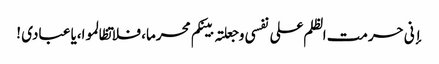
إنی حرمت الظلم علی نفسی وجعلتہ بینکم محرما، فلا تظالموا،یا عبادی !